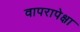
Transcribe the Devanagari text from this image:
वापरापेक्षा